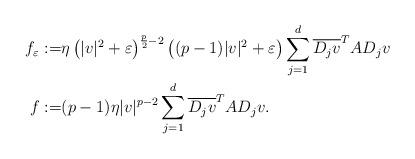
LaTeX: \begin{align*} f_{\varepsilon} :=& \eta\left(|v|^2+\varepsilon\right)^{\frac{p}{2}-2}\left((p-1)|v|^2+\varepsilon\right)\sum_{j=1}^{d}\overline{D_j v}^T A D_j v \\ f :=& (p-1)\eta |v|^{p-2}\sum_{j=1}^{d}\overline{D_j v}^T A D_j v. \end{align*}